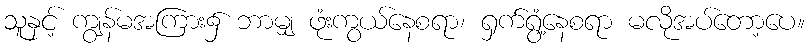
သူနှင့် ကျွန်မအကြား၌ ဘာမျှ ဖုံးကွယ်နေစရာ၊ ရှက်ရွံ့နေစရာ မလိုအပ်တော့ပေ။